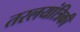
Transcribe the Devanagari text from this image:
तरलयांत्रिकी